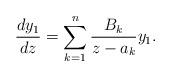
LaTeX: \begin{gather*}\frac{dy_1}{dz}=\sum\limits_{k=1}^n \frac{B_k}{z-a_k}y_1.\end{gather*}